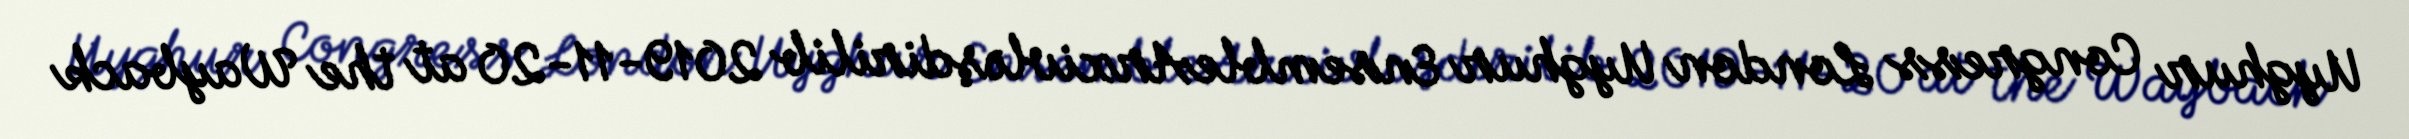
Uyghur Congress London Uyghur EnsembleArxivləşdirilib 2019-11-20 at the Wayback